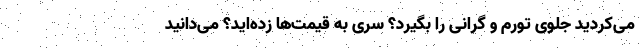
می‌کردید جلوی تورم و گرانی را بگیرد؟ سری به قیمت‌ها زده‌اید؟ می‌دانید